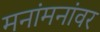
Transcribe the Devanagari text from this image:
मनांमनांवर